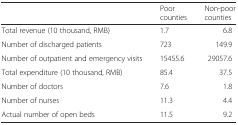
<table><thead><tr><td></td><td><b>Poor counties</b></td><td><b>Non-poor counties</b></td></tr></thead><tbody><tr><td>Total revenue (10 thousand, RMB)</td><td>1.7</td><td>6.8</td></tr><tr><td>Number of discharged patients</td><td>723</td><td>149.9</td></tr><tr><td>Number of outpatient and emergency visits</td><td>15455.6</td><td>29057.6</td></tr><tr><td>Total expenditure (10 thousand, RMB)</td><td>85.4</td><td>37.5</td></tr><tr><td>Number of doctors</td><td>7.6</td><td>1.8</td></tr><tr><td>Number of nurses</td><td>11.3</td><td>4.4</td></tr><tr><td>Actual number of open beds</td><td>11.5</td><td>9.2</td></tr></tbody></table>